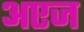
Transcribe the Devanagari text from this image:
अएज